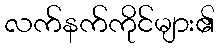
လက်နက်ကိုင်များ၏